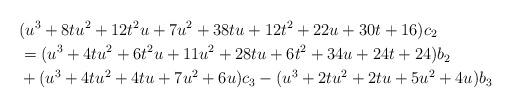
LaTeX: \begin{align*}& (u^3+8tu^2+12t^2u+7u^2+38tu+12t^2+22u+30t+16)c_2 \\& =(u^3+4tu^2+6t^2u+11u^2+28tu+6t^2+34u+24t+24)b_2 \\& +(u^3+4tu^2+4tu+7u^2+6u)c_3-(u^3+2tu^2+2tu+5u^2+4u)b_3\end{align*}